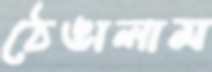
ঠেঙালাম